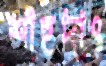
শাহদাৎ